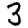
Digit: 3